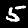
Digit: 5